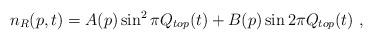
LaTeX: \begin{align*}n_R(p,t)=A(p)\sin^2\pi Q_{top}(t)+B(p)\sin2\pi Q_{top}(t)\ ,\end{align*}